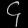
Digit: ၄